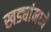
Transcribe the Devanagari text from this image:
खड्यांमध्ये